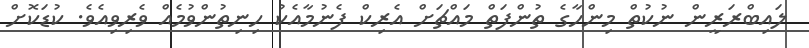
ލައިބްރަރީން ނުކުތް މިންހާގެ ތުންފަތް މައްޗަށް އެރިކް ފެނުމާއެކު ހިނިތުންވުމެއް ވެރިވިއެވެ. ކުޑަކޮށް